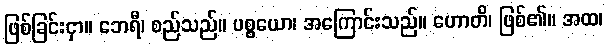
ဖြစ်ခြင်းငှာ။ ဘေရီ၊ စည်သည်။ ပစ္စယော၊ အကြောင်းသည်။ ဟောတိ၊ ဖြစ်၏။ အထ၊